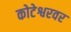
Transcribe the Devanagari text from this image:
कोटेश्वरवर